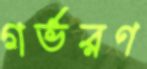
গর্ভরণ